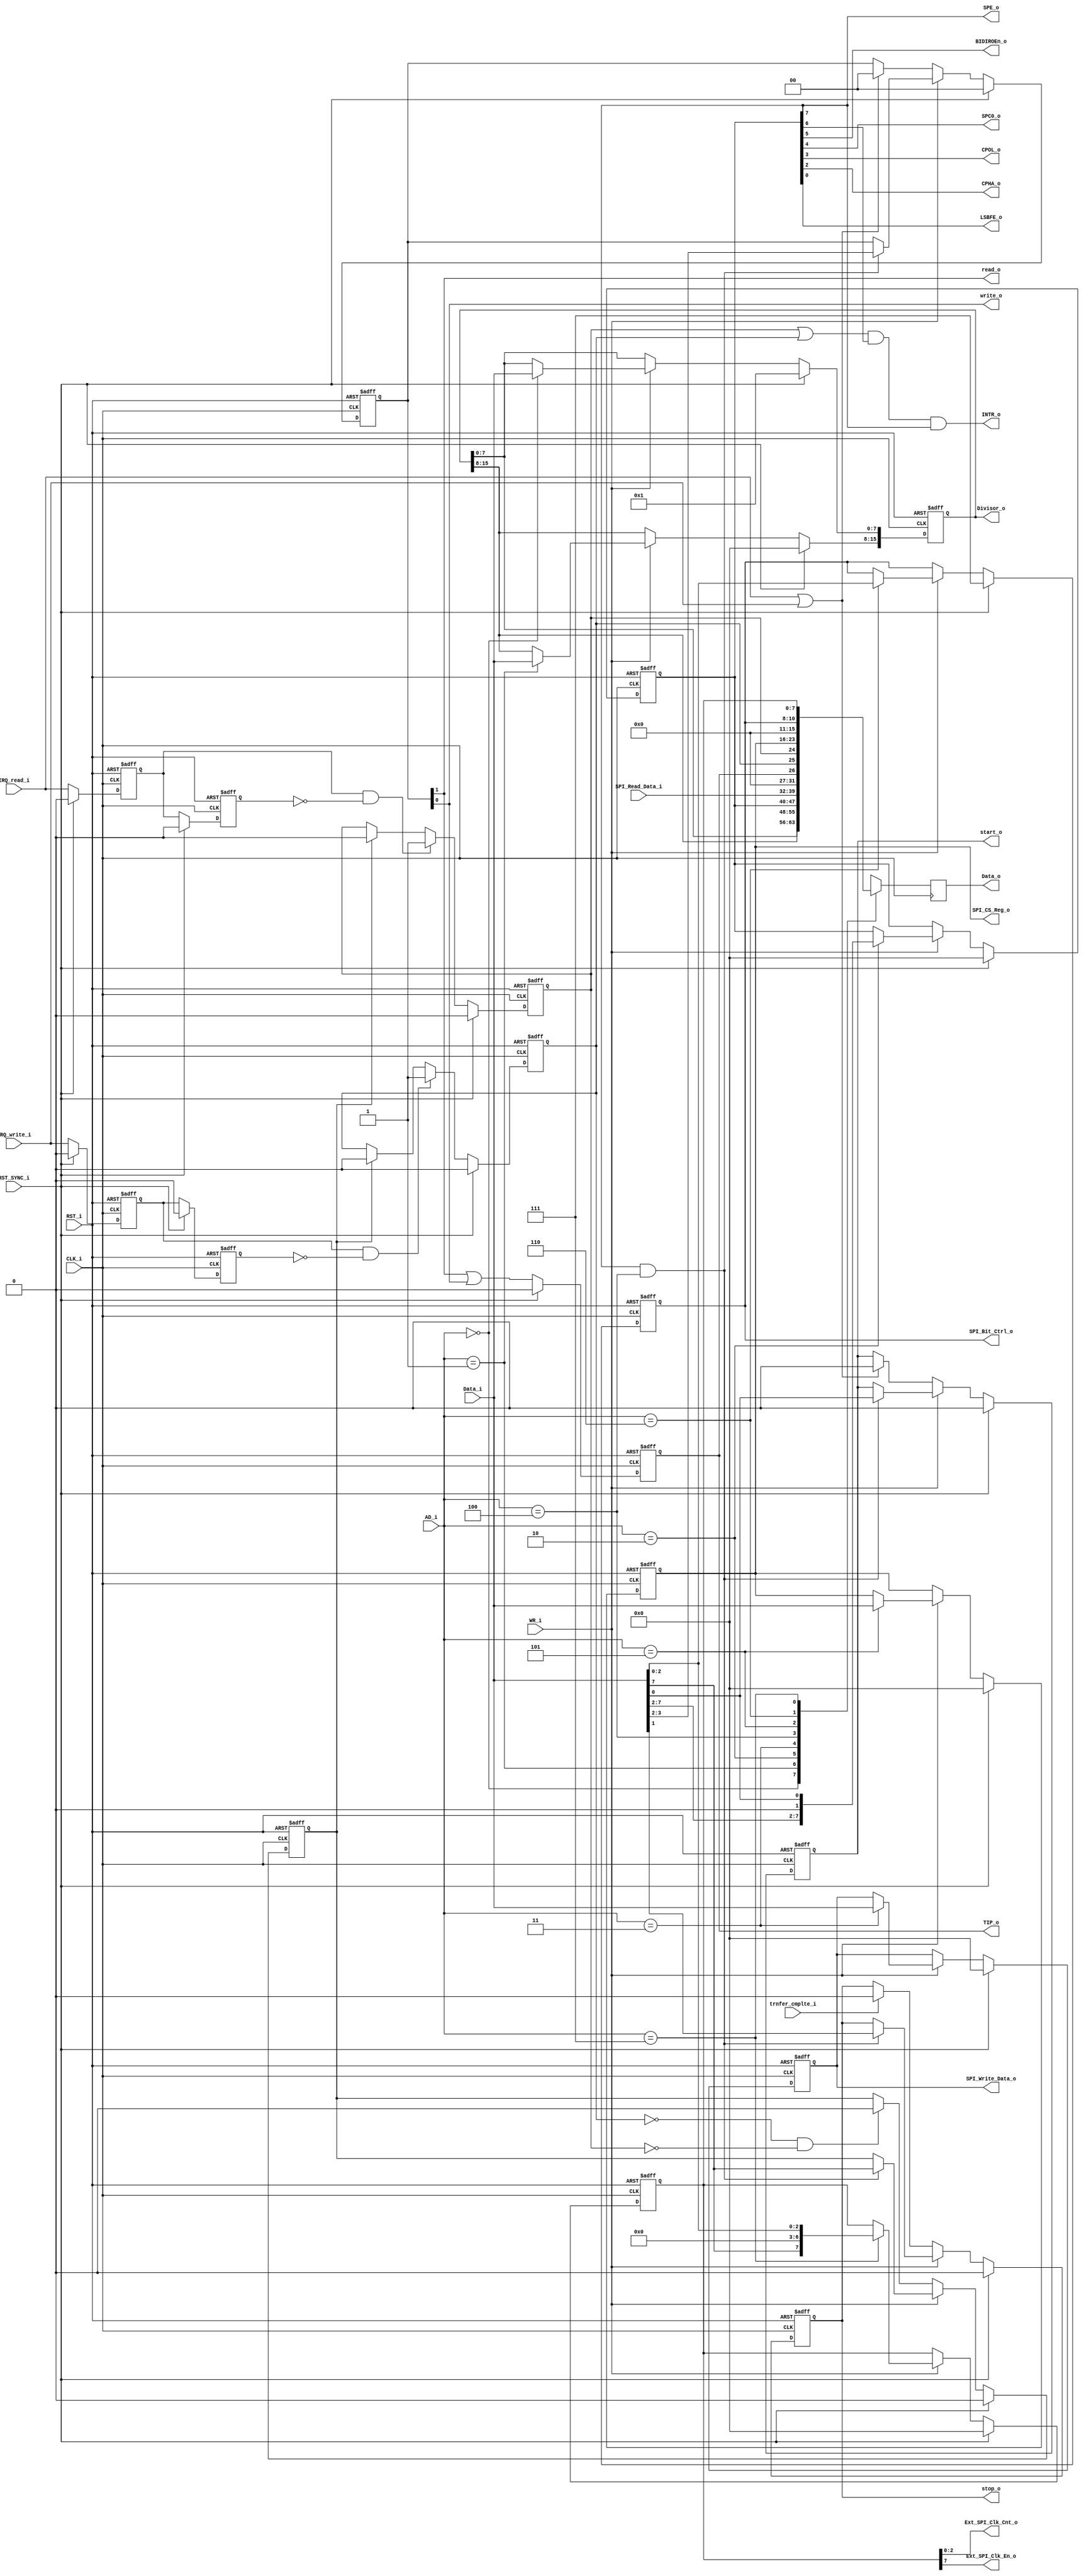
// description  : SPI Register Module
// Modified by     : Rakesh Moolacheri	
// -----------------------------------------------------------------------------
// copyright (c) 2012
// -----------------------------------------------------------------------------
// revisions  :
// date            version    author              description
// 2008/xx/xx      1.0        XXXXX               created
// -----------------------------------------------------------------------------
// Comments: 
// -----------------------------------------------------------------------------
`timescale 1ns / 10ps
module registers (AD_i, CLK_i, RST_i, RST_SYNC_i, WR_i,	Data_i,	Data_o,Divisor_o, SPE_o,	
				  BIDIROEn_o, SPC0_o, CPOL_o, CPHA_o, LSBFE_o,trnfer_cmplte_i,start_o,stop_o,
				  read_o,write_o, SPI_Bit_Ctrl_o,Ext_SPI_Clk_Cnt_o,Ext_SPI_Clk_En_o,SPI_Read_Data_i, 
				  SPI_Write_Data_o, SPI_CS_Reg_o,IRQ_read_i,IRQ_write_i, INTR_o, TIP_o);	
	
	// wishbone interface signals
	
	input 	[2:0] 	AD_i;
	input			CLK_i;
	input			RST_i;
	input			RST_SYNC_i;
	input			WR_i;

	input  	[7:0] 	Data_i;
	output  [7:0] 	Data_o;
	
	//Register value
	output [15:0] 	Divisor_o;
	output		    SPE_o;
	output		    BIDIROEn_o;
	output		    SPC0_o;
	output		    CPOL_o;
	output		    CPHA_o;
	output		    LSBFE_o;

	input 	[7:0]  	SPI_Read_Data_i;
	output 	[7:0]  	SPI_Write_Data_o;
	output 	[7:0]  	SPI_CS_Reg_o;
	output 	[2:0]  	SPI_Bit_Ctrl_o;
	output 	[2:0]  	Ext_SPI_Clk_Cnt_o;
	output			Ext_SPI_Clk_En_o;
	
	input		   	IRQ_read_i; 
	input			IRQ_write_i;
	output 			INTR_o; 
	output 			TIP_o; 
	
	input		   	trnfer_cmplte_i;
	
	output 			start_o; 
	output 			stop_o;
	output 			read_o;
	output 			write_o;
	
		
	// internal registers and wires
	wire  			SPIE;
	reg [7:0]    	SPICR1;
	reg [15:0]  	SPIBR;
	reg [7:0]    	tx_reg;
	reg [2:0]    	spi_ctrl_reg;
	reg [7:0]    	spi_clk_cnt_reg;
	wire     	    spi_clk_cnt_en;
	reg [7:0]    	ss_reg;				// SS7......SS0  slave selects
	reg 		   	cmd_reg0; 
	reg 		   	cmd_reg1; 
	reg [1:0]    	cmd_reg32;
	reg 		  	cmd_reg7;
	reg 			irq_rd1, irq_rd2;
	wire			irq_rd_pos;	
	reg 			irq_wr1, irq_wr2;
	wire			irq_wr_pos;
	wire            IACK;
	reg             TIP;
	reg         	INTR_read, INTR_write;
	
	reg  [7:0] 		Data_out_r;	

	
	// Baud_Rate register
	assign Divisor_o = SPIBR;
	
	// SPI Control register 1 	
	assign SPE_o = SPICR1[7];
	assign SPIE = SPICR1[6];
	assign BIDIROEn_o = SPICR1[5];
	assign SPC0_o = SPICR1[4];
	assign CPOL_o = SPICR1[3];
	assign CPHA_o = SPICR1[2];
	assign LSBFE_o = SPICR1[0];  
	
	assign TIP_o = TIP;
	assign start_o = cmd_reg0; 
	assign stop_o = cmd_reg1;
	assign read_o = cmd_reg32[1];
	assign write_o = cmd_reg32[0];
	assign SPI_Write_Data_o = tx_reg;
	assign SPI_CS_Reg_o = ss_reg;
	assign SPI_Bit_Ctrl_o = spi_ctrl_reg;
	assign Ext_SPI_Clk_Cnt_o = spi_clk_cnt_reg;
	assign Ext_SPI_Clk_En_o = spi_clk_cnt_en;
	
	
	assign Data_o = Data_out_r; 
   
	// Logic to clear the interrupt flags.	
	always @ (posedge CLK_i or posedge RST_i)
		if(RST_i)
			begin
				irq_rd1 <= 1'b0;		// 2 flops for the clock domain synchronization
				irq_rd2 <= 1'b0;
				irq_wr1 <= 1'b0;
				irq_wr2 <= 1'b0;
			end	
		else if (RST_SYNC_i)
			begin
				irq_rd1 <= 1'b0;		// 2 flops for the clock domain synchronization
				irq_rd2 <= 1'b0;
				irq_wr1 <= 1'b0;
				irq_wr2 <= 1'b0;
			end
		else
			begin
				irq_rd2 <= irq_rd1;		// 2 flops for the clock domain synchronization
				irq_rd1 <= IRQ_read_i;
				irq_wr2 <= irq_wr1;
				irq_wr1 <= IRQ_write_i;
			end	
	
	assign	irq_rd_pos = (irq_rd1 && ~irq_rd2);  // posedge detector read
	assign  irq_wr_pos = (irq_wr1 && ~irq_wr2);  // posedge detector write
	
	always @ (posedge CLK_i or posedge RST_i)
		if ( RST_i ) begin
			INTR_read    <= 1'b0;
		end
		else if (RST_SYNC_i) begin
			INTR_read    <= 1'b0;
		end
		else begin
			if (irq_rd_pos)
				INTR_read    <= 1'b1;
			else if (IACK)
				INTR_read    <= 1'b0;
		end	
		
	always @ (posedge CLK_i or posedge RST_i)
		if ( RST_i ) begin
			INTR_write    <= 1'b0;
		end
		else if (RST_SYNC_i) begin
			INTR_write    <= 1'b0;
		end
		else begin
			if (irq_wr_pos)
				INTR_write    <= 1'b1;
			else if (IACK)
				INTR_write    <= 1'b0;
		end	
		
	always @ (posedge CLK_i or posedge RST_i)
		if ( RST_i ) begin
			TIP    <= 1'b0;
		end
		else if (RST_SYNC_i) begin
			TIP  <= 1'b0;
		end
		else begin
			TIP <= (cmd_reg32[1] | cmd_reg32[0]);
		end	

	assign INTR_o = (INTR_read || INTR_write) && SPIE && SPICR1[7];
	
	assign spi_clk_cnt_en = spi_clk_cnt_reg[7];			// SPI clock enable after CSn is deactivated
	
	// registers
	always @ (posedge CLK_i or posedge RST_i )
		begin
			if (RST_i)       					   
				begin
					SPIBR <= 16'h0001; 			   	// SPI Baud Register, Read and write anytime
					SPICR1 <= 8'h00;		       	// SPI control register 1, Read and Write anytime
					tx_reg <= 8'h00;			   	// Transmit register
					ss_reg <= 8'h00;			 	// Slave Select register
					spi_ctrl_reg <= 3'b111;			// SPI bit transaction control
					spi_clk_cnt_reg <= 8'h00;		// No. of SPI clock after CSn is deactivated
				end	 
			else if (RST_SYNC_i) 
				begin
					SPIBR <= 16'h0001; 			   	// SPI Baud Register, Read and write anytime
					SPICR1 <= 8'h00;		       	// SPI control register 1, Read and Write anytime
					tx_reg <= 8'h00;			   	// Transmit register
					ss_reg <= 8'h00;			 	// Slave Select register
					spi_ctrl_reg <= 3'b111;			// SPI bit transaction control
					spi_clk_cnt_reg <= 8'h00;		// No. of SPI clock after CSn is deactivated
				end
			else
				begin 		
					if (WR_i)
						case (AD_i) // synopsys parallel_case
							3'b000 : SPIBR [ 7:0] 	<= #1 Data_i[7:0];
							3'b001 : SPIBR [15:8] 	<= #1 Data_i[7:0];
							3'b010 : SPICR1[ 7:0] 	<= #1 {Data_i[7:2],1'b0,Data_i[0]};
							3'b011 : tx_reg [7:0] 	<= #1 Data_i[7:0];
							3'b101 : ss_reg       	<= #1 Data_i[7:0];
							3'b110 : spi_ctrl_reg 	<= #1 Data_i[2:0];
							3'b111 : spi_clk_cnt_reg<= #1 {Data_i[7],4'h0,Data_i[2:0]};
							default: ;
						endcase
				end
		end
	
	// generate command register (special case) 
	always @(posedge CLK_i or posedge RST_i)
		begin
			if (RST_i) begin
				cmd_reg0 <= #1 1'b0;
			end
			else if (RST_SYNC_i) begin 
				cmd_reg0 <= #1 1'b0;
			end
			else if (WR_i)
			begin
				if (SPICR1[7] & (AD_i == 3'b100))
					cmd_reg0 <= #1 Data_i[0];
			end
			else
			begin
				if (IRQ_read_i || IRQ_write_i)
					cmd_reg0 <= #1 1'b0;           // clear start bit when done
	        end	
		end
		
	always @(posedge CLK_i or posedge RST_i)
		begin
			if (RST_i) begin
				cmd_reg1 <= #1 1'b0;
			end
			else if (RST_SYNC_i) begin 
				cmd_reg1 <= #1 1'b0;
			end
			else if (WR_i)
			begin
				if (SPICR1[7] & (AD_i == 3'b100))
					cmd_reg1 <= #1 Data_i[1];
			end
			else
			begin
				if (trnfer_cmplte_i)
					cmd_reg1 <= #1 1'b0;           // clear stop bit when done
	        end	
		end
		
	always @(posedge CLK_i or posedge RST_i)
		begin
			if (RST_i) begin
				cmd_reg32 <= #1 2'b00;
			end
			else if (RST_SYNC_i) begin 
				cmd_reg32 <= #1 2'b00;
			end
			else if (WR_i)
			begin
				if (SPICR1[7] & (AD_i == 3'b100))
					cmd_reg32 <= #1 Data_i[3:2];
			end
			else
			begin
				if (IRQ_read_i || IRQ_write_i)
					cmd_reg32 <= #1 2'b00;           // clear read write bits when done
	        end	
		end	

		
    always @(posedge CLK_i or posedge RST_i)
		begin
			if (RST_i) begin
				cmd_reg7 <= #1 1'b0;
			end
			else if (RST_SYNC_i) begin 
				cmd_reg7 <= #1 1'b0;
			end
			else if (WR_i)
			begin
				if (SPICR1[7] & (AD_i == 3'b100))
					cmd_reg7 <= #1 Data_i[7];
			end
			else
			begin
				if (!INTR_write && !INTR_read) 
					cmd_reg7 <= #1 1'b0;           // clear IACK bit when done
	        end	
		end	
	
	assign IACK = cmd_reg7;
		
// reading registers memory map 
//always @(AD_i[2:0] or SPIBR or SPICR1 or SPI_Read_Data_i or TIP or INTR_write or INTR_read or ss_reg or spi_ctrl_reg or spi_clk_cnt_reg)
always @(posedge CLK_i)
		begin
			case(AD_i[2:0])
				3'b000: Data_out_r <=  SPIBR[7:0];
				3'b001: Data_out_r <=  SPIBR[15:8];
				3'b010: Data_out_r <=  SPICR1[7:0];
				3'b011: Data_out_r <=  SPI_Read_Data_i;
				3'b100: Data_out_r <=  {5'b00000,TIP,INTR_write,INTR_read};
				3'b101: Data_out_r <=  ss_reg;
				3'b110: Data_out_r <=  {5'b00000,spi_ctrl_reg};
				3'b111: Data_out_r <=  spi_clk_cnt_reg; 
				default : Data_out_r <= SPI_Read_Data_i;
			endcase 
		end  
	
endmodule